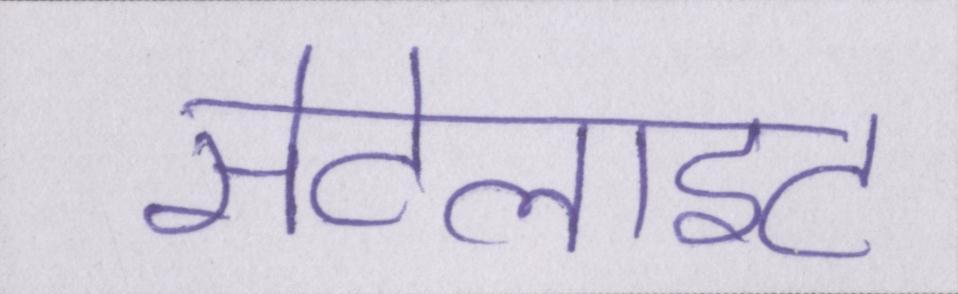
सेटेलाइट